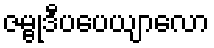
ဇမ္ဗုဒီပပေယျာလော